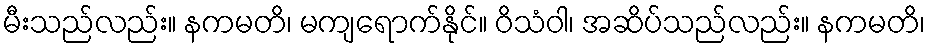
မီးသည်လည်း။ နကမတိ၊ မကျရောက်နိုင်။ ဝိသံဝါ၊ အဆိပ်သည်လည်း။ နကမတိ၊